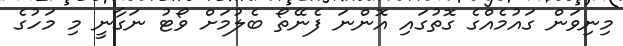
މިނިވަން ގައުމެއްގެ ގޮތުގައި އޮންނަ ފެނޭތޯ ބެލުމަށް ވޯޓު ނަގާނީ މި މަހުގެ